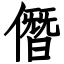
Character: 僭